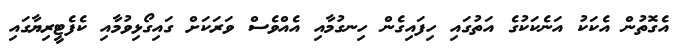
އެގޮތުން އެކަކު އަނެކަކުގެ އަތުގައި ހިފައިގެން ހިނގުމާއި އެއްވެސް ވަރަކަށް ގައިގޯޅިވުމާއި ކެފެޓީރިޔާގައި